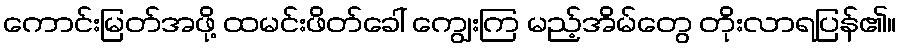
ကောင်းမြတ်အဖို့ ထမင်းဖိတ်ခေါ် ကျွေးကြ မည့်အိမ်တွေ တိုးလာရပြန်၏။